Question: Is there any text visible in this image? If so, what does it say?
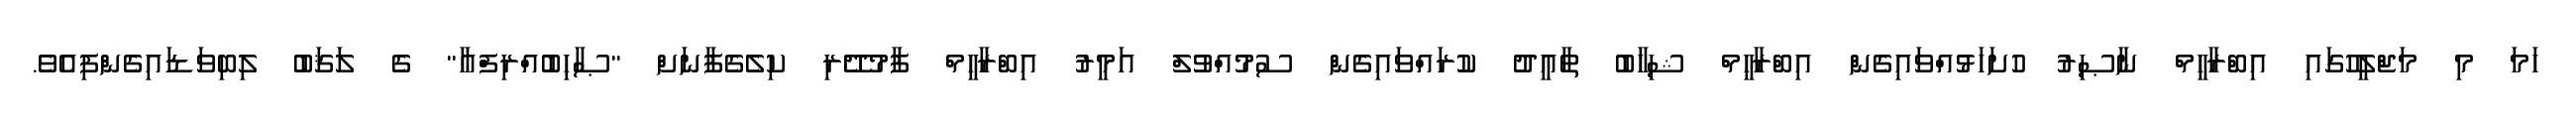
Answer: ހަމަ މި މަޖްލީހުގައި އިބްރާހީމް ނާޞިރު ހުށަހަޅުއްވައިގެން އިބްރާހީމް ޝިހާބު ތާއީދު ކުރައްވައިގެން ސުމުއްވުލް އަމީރު އިބްރާހީމް ފާމުދޭރި ކިލެގެފާނަށް "ޞާޙިބުއްރިފްޢާ" ގެ ލަޤަބު ލިބިވަޑައިގެންފިއެވެ.